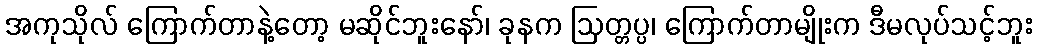
အကုသိုလ် ကြောက်တာနဲ့တော့ မဆိုင်ဘူးနော်၊ ခုနက ဩတ္တပ္ပ၊ ကြောက်တာမျိုးက ဒီမလုပ်သင့်ဘူး